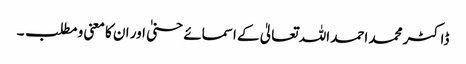
ڈاکٹر محمد احمد اللہ تعالیٰ کے اسمائے حسنیٰ اور ان کا معنی و مطلب ۔